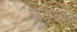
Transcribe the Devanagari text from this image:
जवसाचा